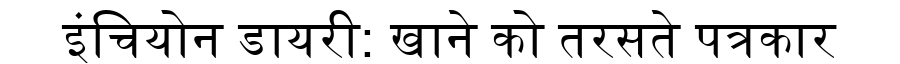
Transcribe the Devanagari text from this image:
इंचियोन डायरी: खाने को तरसते पत्रकार